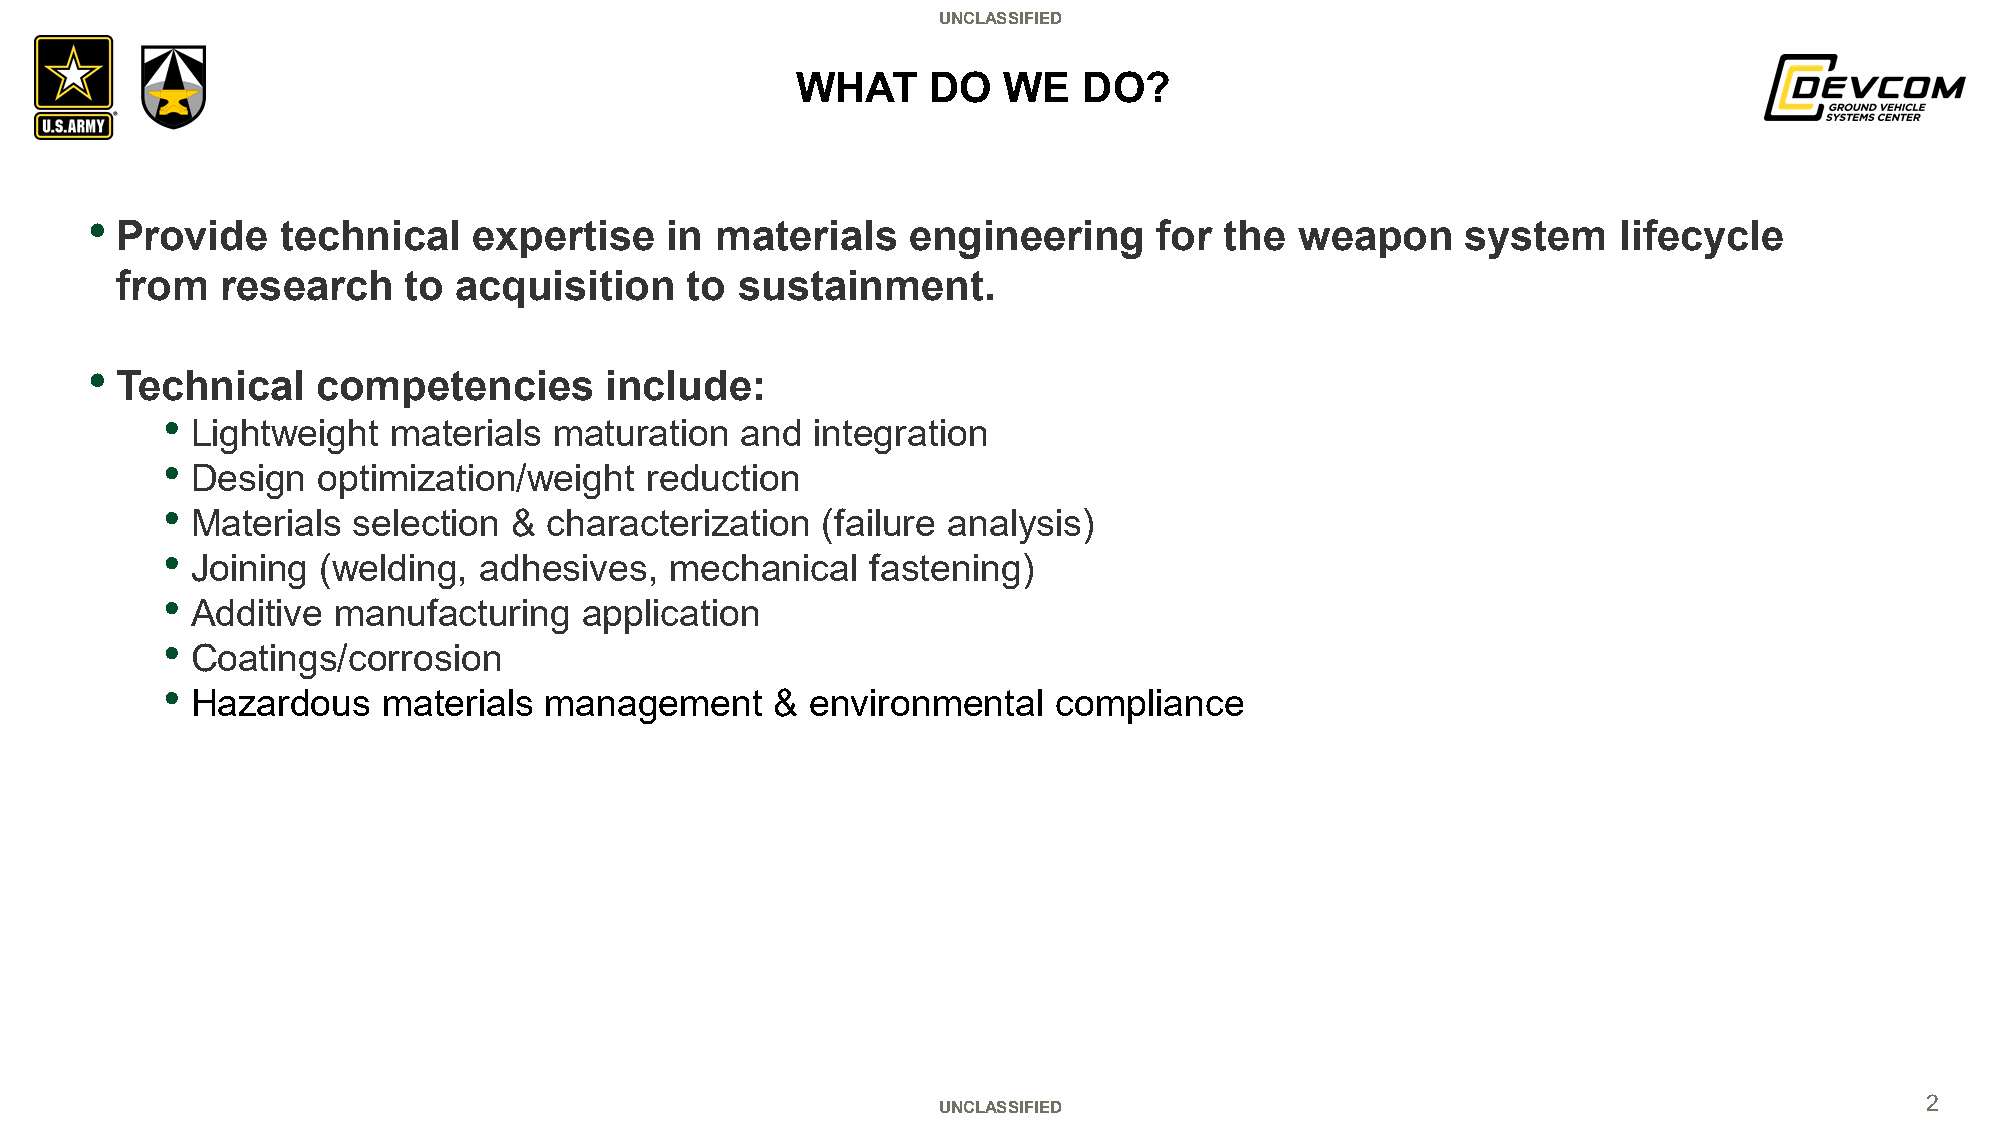
UNCLASSIFIED
 WHAT     DO  WE    DO?
 •
 Provide    technical   expertise    in materials    engineering      for the  weapon     system    lifecycle
 from   research    to acquisition    to  sustainment.
 •
 Technical    competencies       include:
 •
 Lightweight  materials  maturation  and  integration
 •
 Design  optimization/weight   reduction
 •
 Materials selection  & characterization  (failure analysis)
 •
 Joining (welding,  adhesives,  mechanical    fastening)
 •
 Additive manufacturing    application
 •
 Coatings/corrosion
 •
 Hazardous   materials  management     &  environmental   compliance
 2
 UNCLASSIFIED